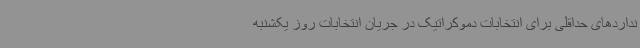
نداردهای حداقلی برای انتخابات دموکراتیک در جریان انتخابات روز یکشنبه